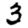
Digit: 3